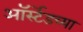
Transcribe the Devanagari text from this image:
ऑर्स्टेडच्या